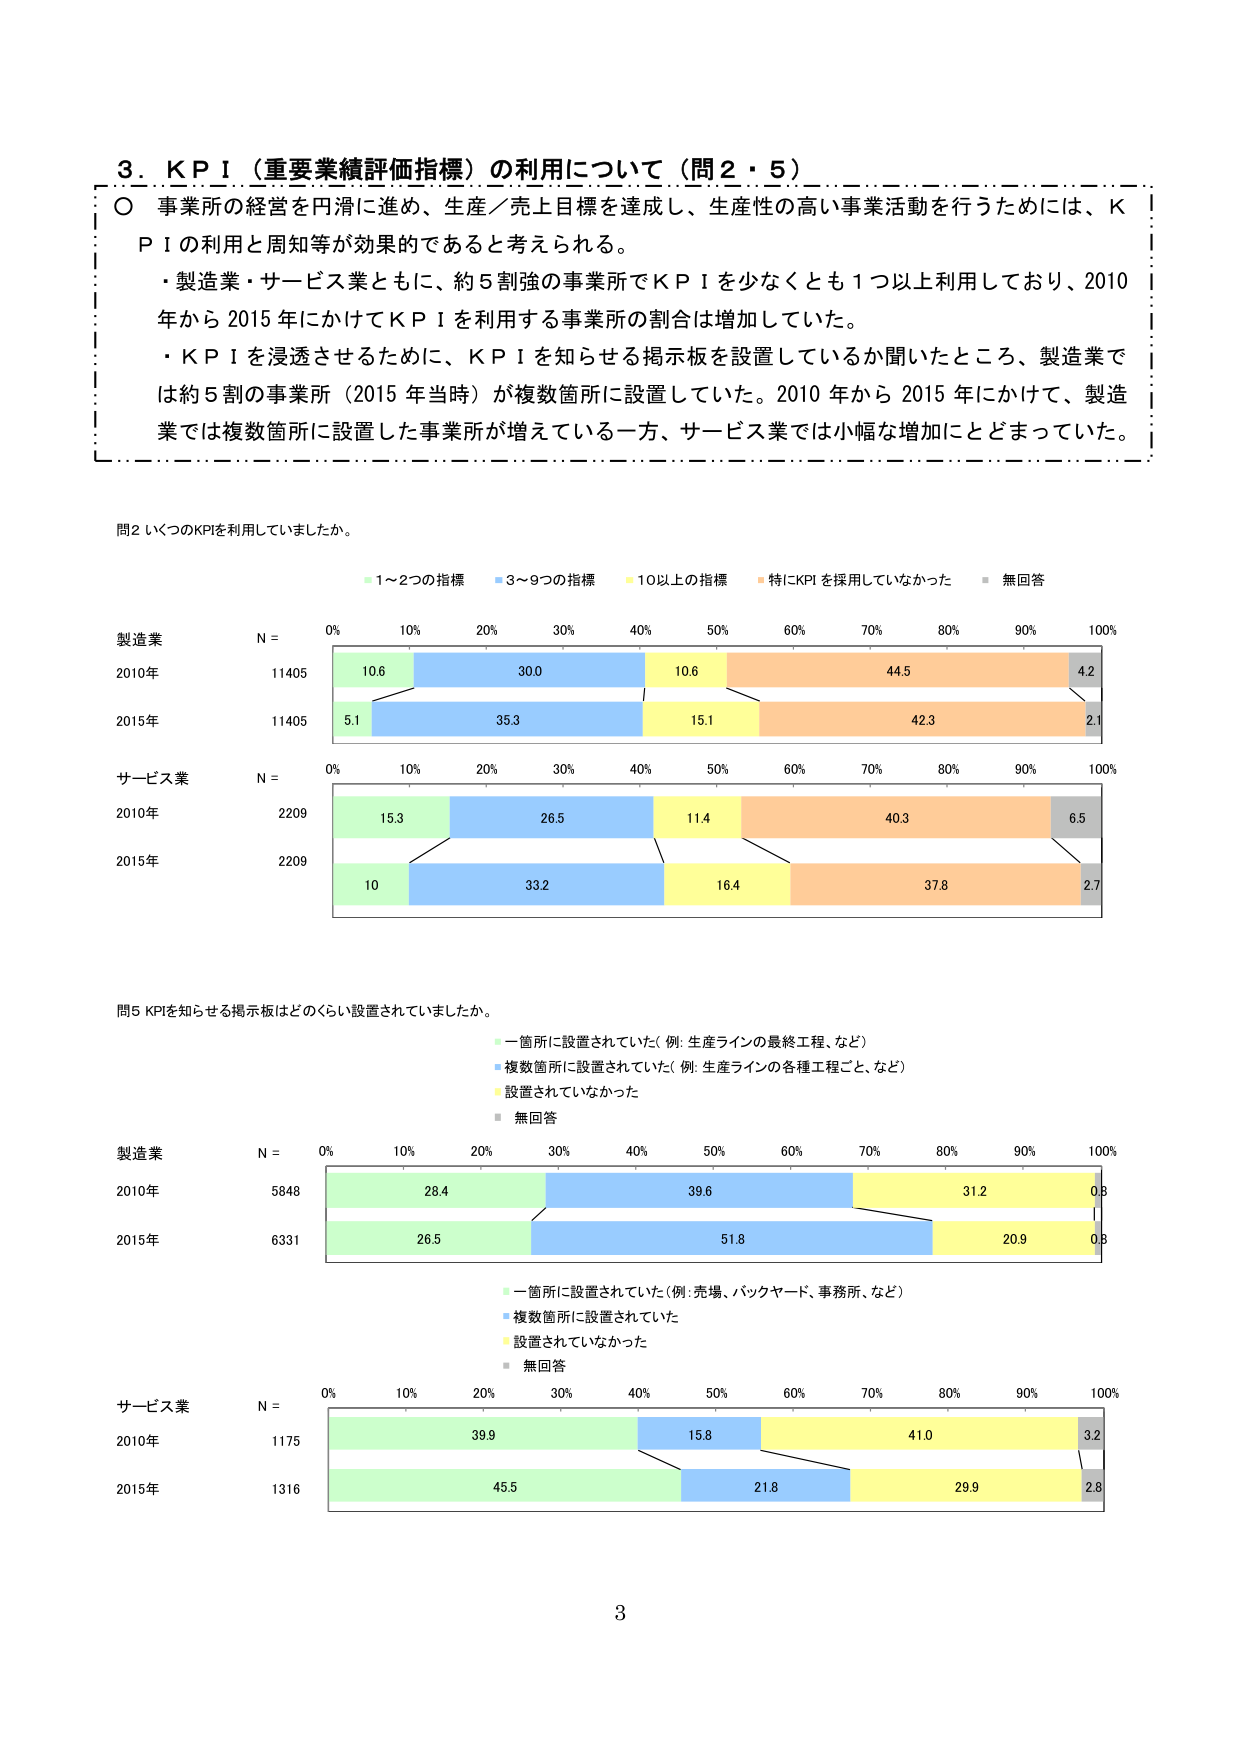
3. KPI（重要業績評価指標）の利用について（問2・5）

〇 事業所の経営を円滑に進め、生産／売上目標を達成し、生産性の高い事業活動を行うためには、KPIの利用と周知等が効果的であると考えられる。

・製造業・サービス業ともに、約5割強の事業所でKPIを少なくとも1つ以上利用しており、2010年から2015年にかけてKPIを利用する事業所の割合は増加していた。

・KPIを浸透させるために、KPIを知らせる掲示板を設置しているか聞いたところ、製造業では約5割の事業所（2015年当時）が複数箇所に設置していた。2010年から2015年にかけて、製造業では複数箇所に設置した事業所が増えていた一方、サービス業では小幅な増加にとどまっていた。

問2 いくつのKPIを利用していましたか。

・1～2つの指標
・3～9つの指標
・10以上の指標
・特にKPIを採用していなかった
・無回答

製造業
N = 11405
2010年
10.6 30.0 10.6 44.5 4.2
2015年
5.1 35.3 15.1 42.3 2.1

サービス業
N = 2209
2010年
15.3 26.5 11.4 40.3 6.5
2015年
10 33.2 16.4 37.8 2.7

問5 KPIを知らせる掲示板はどのくらい設置されていましたか。

・一箇所に設置されていた（例：生産ラインの最終工程、など）
・複数箇所に設置されていた（例：生産ラインの各種工程ごと、など）
・設置されていなかった
・無回答

製造業
N = 5848
2010年
28.4 39.6 31.2 0.8
2015年
26.5 51.8 20.9 0.8

・一箇所に設置されていた（例：売場、バックヤード、事務所、など）
・複数箇所に設置されていた
・設置されていなかった
・無回答

サービス業
N = 1175
2010年
39.9 15.8 41.0 3.2
2015年
45.5 21.8 29.9 2.8

3